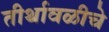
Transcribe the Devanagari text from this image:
तीर्थावळीचे